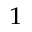
^ 1